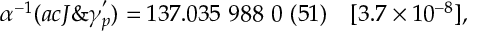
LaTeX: \alpha ^ { - 1 } ( a c J \& \gamma _ { p } ^ { ' } ) = 1 3 7 . 0 3 5 ~ 9 8 8 ~ 0 ~ ( 5 1 ) ~ ~ ~ [ 3 . 7 \times 1 0 ^ { - 8 } ] ,